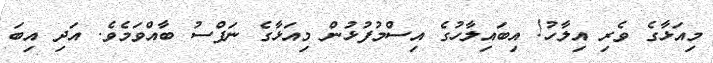
މިއަޅާގެ ވެރި އިލާހު! އިބައިލާހުގެ އިސްމުފުޅުން މިއަޅާގެ ނަފްސު ބާއްވަމެވެ. އަދި އިބަ